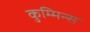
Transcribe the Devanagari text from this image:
कुम्मिन्स